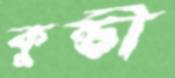
কুন্তী